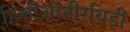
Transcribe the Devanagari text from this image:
हिलीऑनीरथिडी